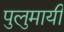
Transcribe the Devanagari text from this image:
पुलुमायी